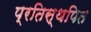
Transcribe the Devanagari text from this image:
प्रतिस्थपित